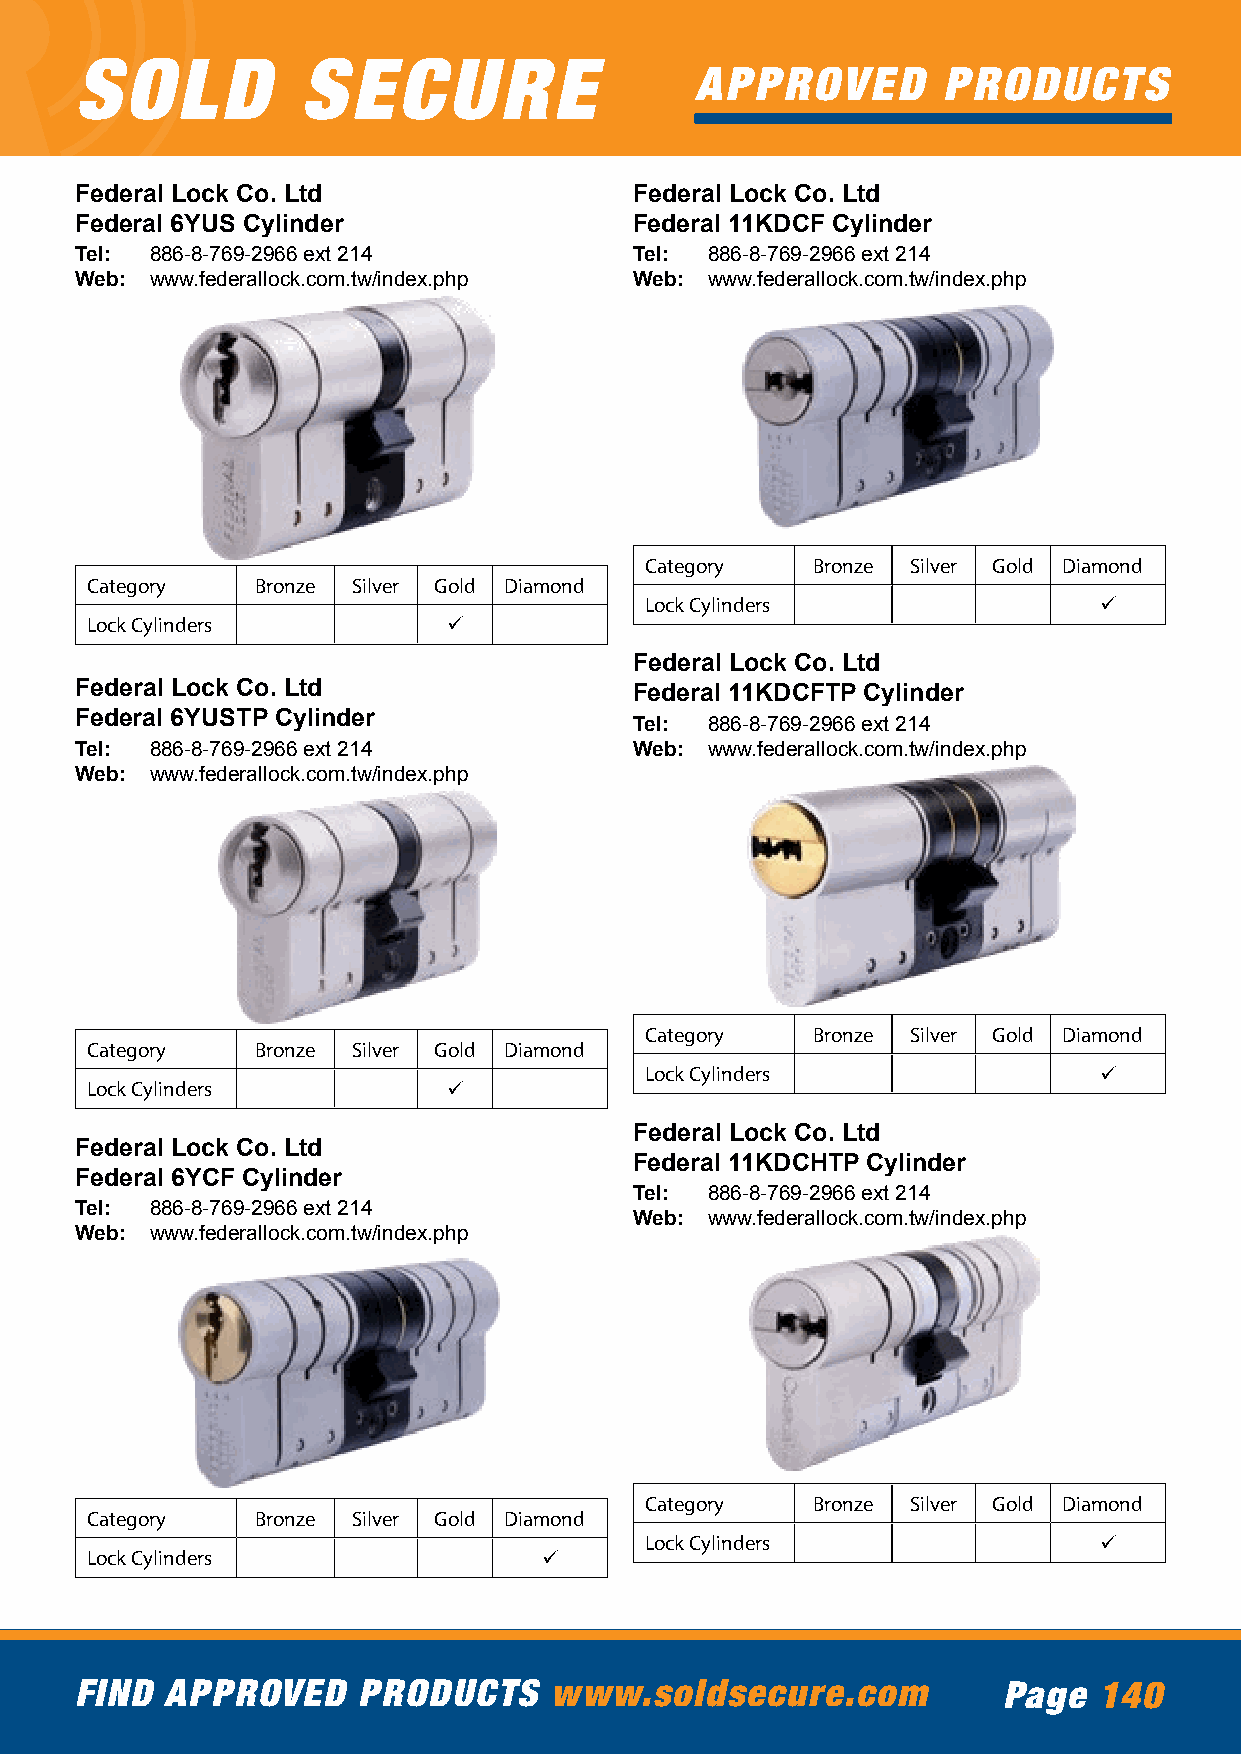
SOLD           SECURE
 APPROVED        PRODUCTS
 Federal Lock Co. Ltd                 Federal Lock Co. Ltd
 Federal 6YUS Cylinder                Federal 11KDCF Cylinder
 Tel: 886-8-769-2966 ext 214          Tel: 886-8-769-2966 ext 214
 Web: www.federallock.com.tw/index.php Web: www.federallock.com.tw/index.php
 Category   Bronze Silver Gold Diamond
 Category   Bronze Silver Gold Diamond
 Lock Cylinders                ü
 Lock Cylinders          ü
 Federal Lock Co. Ltd
 Federal Lock Co. Ltd                 Federal 11KDCFTP Cylinder
 Federal 6YUSTP Cylinder              Tel: 886-8-769-2966 ext 214
 Tel: 886-8-769-2966 ext 214          Web: www.federallock.com.tw/index.php
 Web: www.federallock.com.tw/index.php
 Category   Bronze Silver Gold Diamond
 Category   Bronze Silver Gold Diamond
 Lock Cylinders                ü
 Lock Cylinders          ü
 Federal Lock Co. Ltd
 Federal Lock Co. Ltd
 Federal 11KDCHTP Cylinder
 Federal 6YCF Cylinder
 Tel: 886-8-769-2966 ext 214
 Tel: 886-8-769-2966 ext 214
 Web: www.federallock.com.tw/index.php
 Web: www.federallock.com.tw/index.php
 Category   Bronze Silver Gold Diamond
 Category   Bronze Silver Gold Diamond
 Lock Cylinders                ü
 Lock Cylinders                ü
 FIND  APPROVED     PRODUCTS    www.soldsecure.com            Page   140